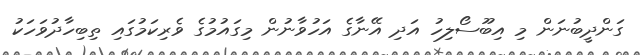
ގަންދީބުނަން މި އިބޫސޯލިހު އަދި އޭނާގެ އަހުވާނުން މިގައުމުގެ ވެރިކަމުގައި ތިބިހާދުވަހަކު